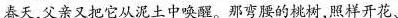
春天父亲又把它从泥土中唤醒。那弯腰的桃树，照样开花、